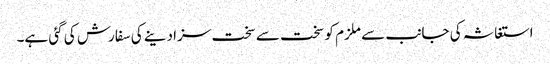
استغاثہ کی جانب سے ملزم کو سخت سے سخت سزا دینے کی سفارش کی گئی ہے۔